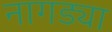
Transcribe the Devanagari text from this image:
नागड्या